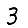
Digit: 3